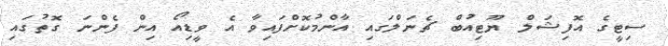
ސިޓީގެ އޮފިޝަލް ޔޫޓިއުބް ޗެނަލްގައި އާންމުކޮށްފައިވާ އެ ވީޑިއޯ އިން ފެންނަ ގޮތުގައި